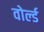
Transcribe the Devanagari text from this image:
वोर्ल्ड